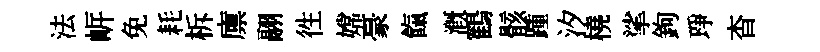
法㟁免耗柝廪翮徃嫦豪餼溉鶴骸踵汐橈挲鉤琤杳